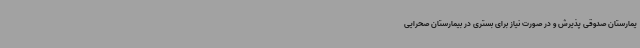
یمارستان صدوقی پذیرش و در صورت نیاز برای بستری در بیمارستان صحرایی